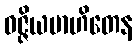
ဝဇ္ဇိယမာဟိတေန